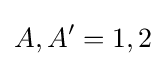
A,A^{\prime }=1,2